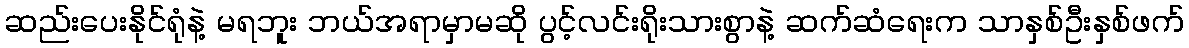
ဆည်းပေးနိုင်ရုံနဲ့ မရဘူး ဘယ်အရာမှာမဆို ပွင့်လင်းရိုးသားစွာနဲ့ ဆက်ဆံရေးက သာနှစ်ဦးနှစ်ဖက်